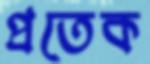
প্রতেক